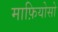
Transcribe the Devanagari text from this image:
माफ़ियोसो